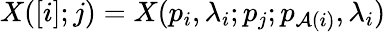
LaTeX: X([i];j)=X(p_{i},\lambda_{i};p_{j};p_{\mathcal{A}(i)},\lambda_{i})